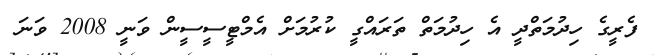
ފެރީގެ ހިދުމަތްދީ އެ ހިދުމަތް ތަރައްގީ ކުރުމަށް އެމްޓީސީސީން ވަނީ 2008 ވަނަ